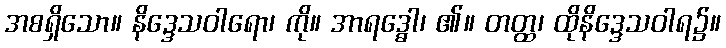
အစရှိသော။ နိဒ္ဒေသဝါရော၊ ကို။ အာရဒ္ဓေါ၊ ၏။ တတ္ထ၊ ထိုနိဒ္ဒေသဝါရ၌။